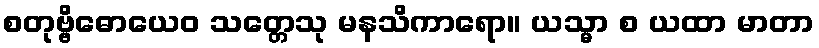
စတုဗ္ဗိဓောယေဝ သတ္တေသု မနသိကာရော။ ယသ္မာ စ ယထာ မာတာ